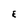
Character: E